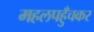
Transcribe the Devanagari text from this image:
महलपहुँचकर